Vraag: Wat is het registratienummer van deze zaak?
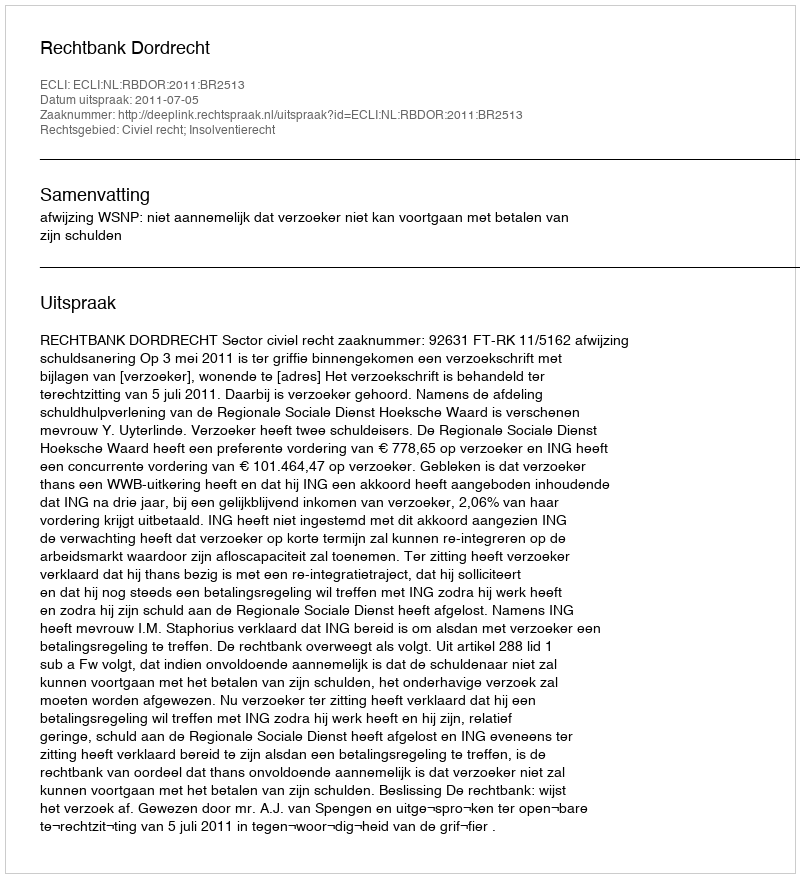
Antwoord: http://deeplink.rechtspraak.nl/uitspraak?id=ECLI:NL:RBDOR:2011:BR2513